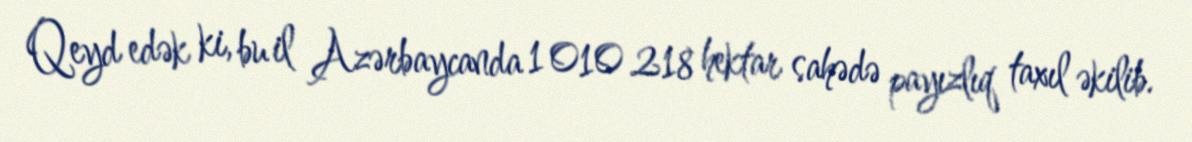
Qeyd edək ki, bu il Azərbaycanda 1 010 218 hektar sahədə payızlıq taxıl əkilib.